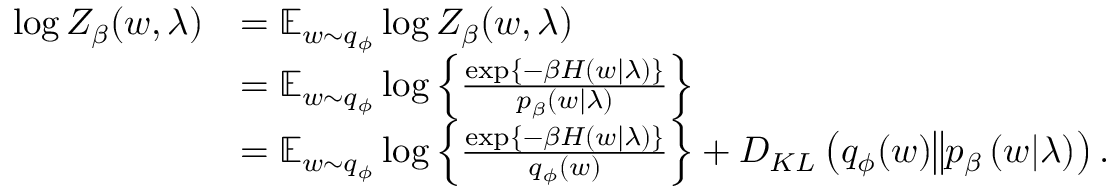
\begin{array} { r l } { \log Z _ { \beta } ( w , \lambda ) } & { = \operatorname { \mathbb { E } } _ { w \sim q _ { \phi } } \log Z _ { \beta } ( w , \lambda ) } \\ & { = \operatorname { \mathbb { E } } _ { w \sim q _ { \phi } } \log \left\{ \frac { \exp \left\{ - \beta H \left( w | \lambda \right) \right\} } { p _ { \beta } \left( w \vert \lambda \right) } \right\} } \\ & { = \operatorname { \mathbb { E } } _ { w \sim q _ { \phi } } \log \left\{ \frac { \exp \left\{ - \beta H \left( w \vert \lambda \right) \right\} } { q _ { \phi } ( w ) } \right\} + D _ { K L } \left( q _ { \phi } ( w ) \big \Vert p _ { \beta } \left( w \vert \lambda \right) \right) . } \end{array}